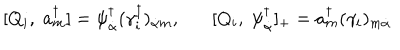
[ Q _ { i } , \; a _ { m } ^ { \dagger } ] = \psi _ { \dot { \alpha } } ^ { \dagger } ( \gamma _ { i } ^ { \dagger } ) _ { \dot { \alpha } m } , [ Q _ { i } , \; \psi _ { \dot { \alpha } } ^ { \dagger } ] _ { + } = a _ { m } ^ { \dagger } ( \gamma _ { i } ) _ { m \dot { \alpha } }